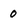
Character: 0